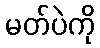
မတ်ပဲကို